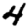
Digit: 4